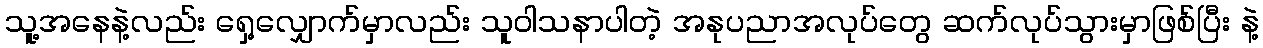
သူ့အနေနဲ့လည်း ရှေ့လျှောက်မှာလည်း သူဝါသနာပါတဲ့ အနုပညာအလုပ်တွေ ဆက်လုပ်သွားမှာဖြစ်ပြီး နဲ့